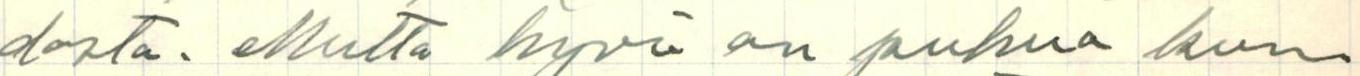
dosta. Mutta hyvä on puhua kun